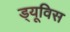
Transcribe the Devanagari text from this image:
ड्यूविस